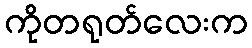
ကိုတရုတ်လေးက